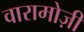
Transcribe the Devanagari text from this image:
वारामोज़ी